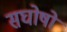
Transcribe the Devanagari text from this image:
सघोषों